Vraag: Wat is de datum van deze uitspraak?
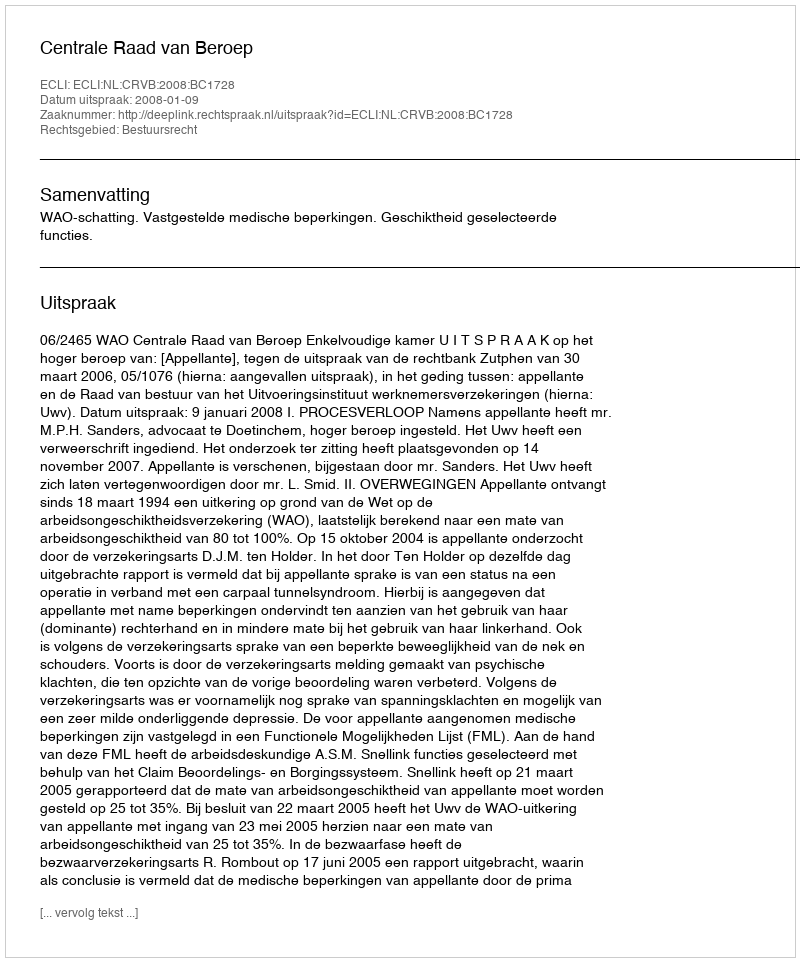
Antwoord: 2008-01-09